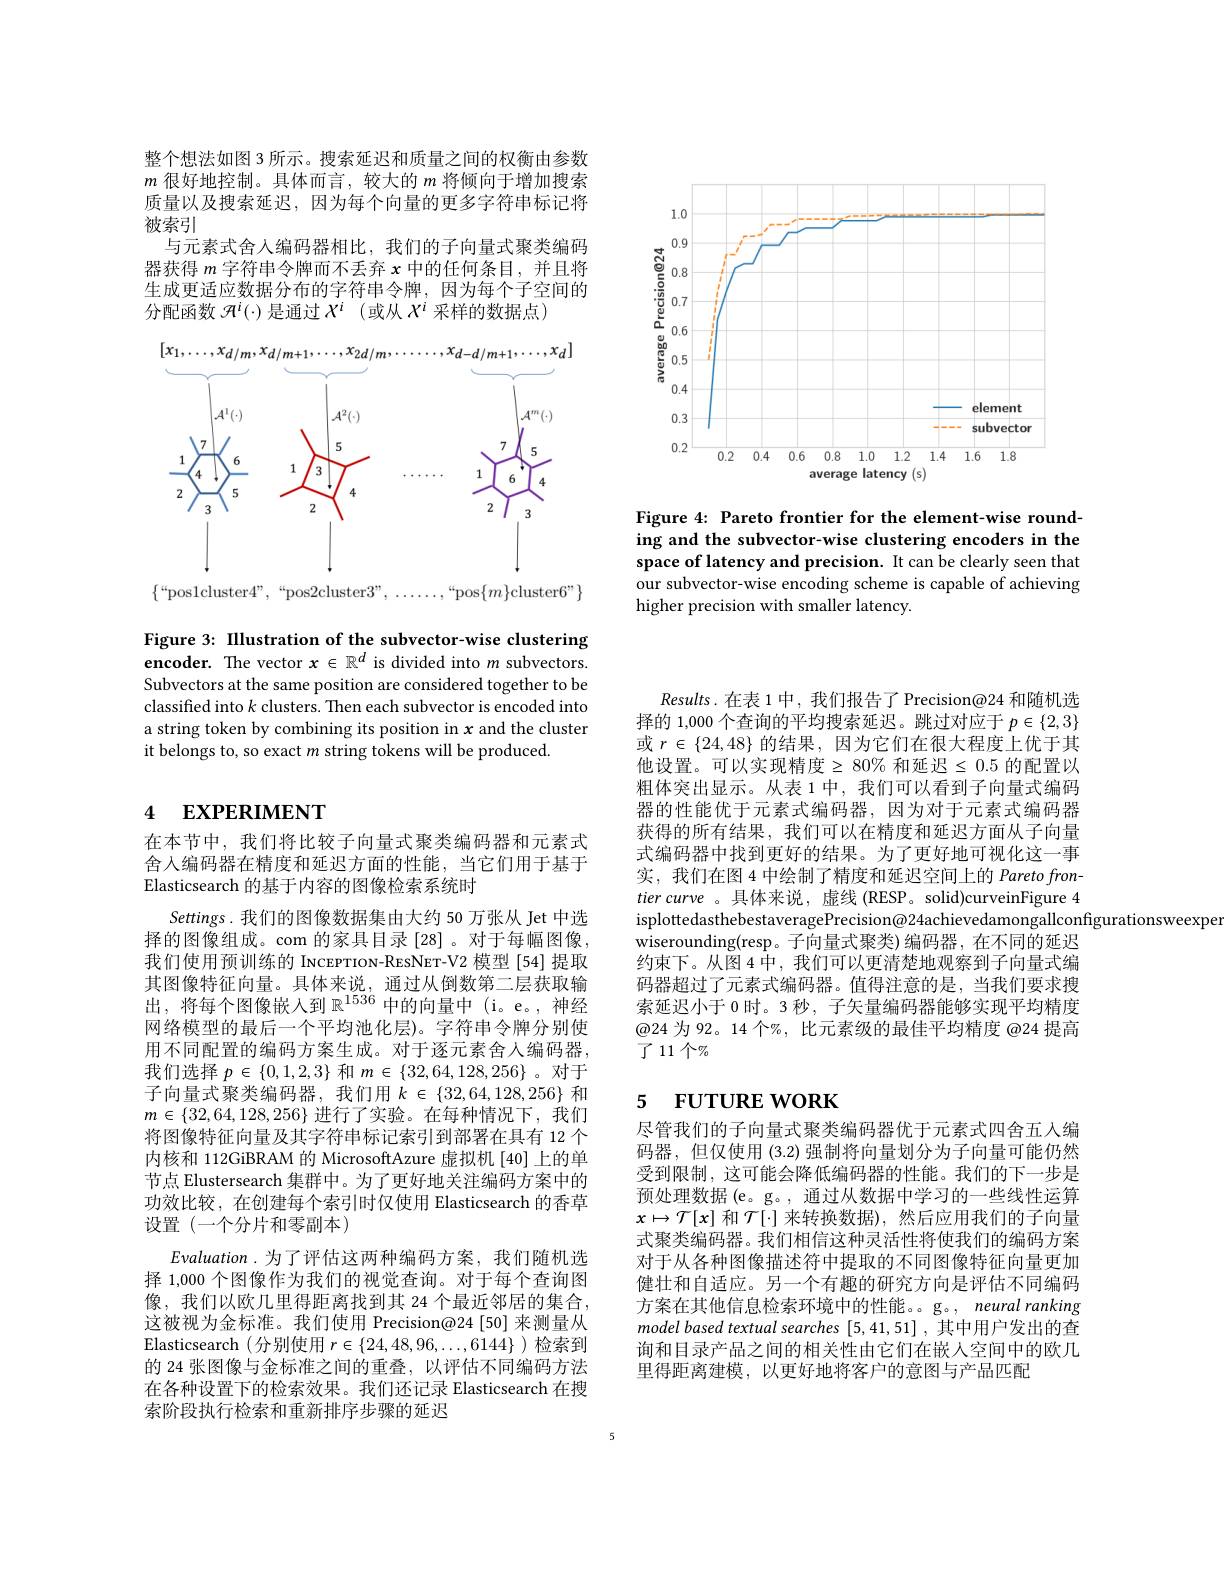
<FigureHere>

Figure 4: Pareto frontier for the element-wise rounding and the subvector-wise clustering encoders in the space of latency and precision. It can be clearly seen that our subvector-wise encoding scheme is capable of achieving higher precision with smaller latency.

整个想法如图 3 所示。搜索延迟和质量之间的权衡由参数$m$很好地控制。具体而言，较大的$m$将倾向于增加搜索质量以及搜索延迟，因为每个向量的更多字符串标记将被索引
与元素式舍人编码器相比，我们的子向量式聚类编码器获得$m$字符串令牌而不丢弃$x$中的任何条目，并且将生成更适应数据分布的字符串令牌，因为每个子空间的分配函数$\mathcal{H}^i(\cdot)$是通过$X^i$ (或从$X^i$采样的数据点)

<FigureHere>

Figure 3: IIlustration of the subvector-wise clustering encoder. The vector $x\in\mathbb{R}^d$ is divided into $m$ subvectors. Subvectors at the same position are considered together to be classified into $k$ clusters. Then each subvector is encoded into a string token by combining its position in $x$ and the cluster it belongs to, so exact $m$ string tokens will be produced.

# 4 EXPERIMENT

在本节中，我们将比较子向量式聚类编码器和元素式舍人编码器在精度和延迟方面的性能，当它们用于基于Elasticsearch 的基于内容的图像检索系统时

Settings.我们的图像数据集由大约 50 万张从 Jet 中选择的图像组成。com 的家具目录 [28]。对于每幅图像， 我们使用预训练的 INCEPTION-RESNET-V2 模型[54] 提取其图像特征向量。具体来说，通过从倒数第二层获取输出，将每个图像嵌人到$\mathbb{R}^1536$中的向量中(i。e。,神经网络模型的最后一个平均池化层)。字符串令牌分别使用不同配置的编码方案生成。对于逐元素舍人编码器， 我们选择$p\in\{0,1,2,3\}$和$m\in\{32,64,128,256\}$ 。对于子向量式聚类编码器，我们用$k\in\{32,64,128,256\}$ 和$m\in\{32,64,128,256\}$进行了实验。在每种情况下，我们将图像特征向量及其字符串标记索引到部署在具有 12 个内核和 112GiBRAM 的 MicrosoftAzure 虚拟机 [40]上的单节点 Elustersearch 集群中。为了更好地关注编码方案中的功效比较，在创建每个索引时仅使用 Elasticsearch 的香草设置(一个分片和零副本)
Evaluation.为了评估这两种编码方案，我们随机选择 1,000 个图像作为我们的视觉查询。对于每个查询图像，我们以欧几里得距离找到其 24 个最近邻居的集合， 这被视为金标准。我们使用 Precision@24[50] 来测量从Elasticsearch (分别使用 $r\in\{24,48,96,\ldots,6144\}$ )检索到的 24 张图像与金标准之间的重叠，以评估不同编码方法在各种设置下的检索效果。我们还记录 Elasticsearch 在搜索阶段执行检索和重新排序步骤的延迟

$Results.$在表 1 中，我们报告了 Precision@24 和随机选择的 1,000 个查询的平均搜索延迟。跳过对应于$p\in\{2,3\}$ 或$r\in\{24,48\}$的结果，因为它们在很大程度上优于其他设置。可以实现精度$\geq80\%$ 和延迟$\leq0.5$ 的配置以粗体突出显示。从表 1 中，我们可以看到子向量式编码器的性能优于元素式编码器，因为对于元素式编码器获得的所有结果，我们可以在精度和延迟方面从子向量式编码器中找到更好的结果。为了更好地可视化这一事实，我们在图 4 中绘制了精度和延迟空间上的 Pareto frontier curve 。具体来说，虚线 (RESP。solid)curveinFigure 4 isplottedasthebestaveragePrecision@24achievedamongallconfigurationsweexpe
wiserounding(resp。子向量式聚类)编码器，在不同的延迟约束下。从图$\dot{4}$中，我们可以更清楚地观察到子向量式编码器超过了元素式编码器。值得注意的是，当我们要求搜索延迟小于 0 时。3 秒，子矢量编码器能够实现平均精度@24 为 92。14 个%, 比元素级的最佳平均精度 @24 提高了11个$\eta_0$

## 5 $\textbf{FUTURE WORK}$

尽管我们的子向量式聚类编码器优于元素式四舍五人编码器，但仅使用 (3.2)强制将向量划分为子向量可能仍然受到限制，这可能会降低编码器的性能。我们的下一步是预处理数据 (e。g。, 通过从数据中学习的一些线性运算$x\mapsto\mathcal{T}[x]$ 和$\mathcal{T}[\cdot]$ 来转换数据),然后应用我们的子向量式聚类编码器。我们相信这种灵活性将使我们的编码方案对于从各种图像描述符中提取的不同图像特征向量更加健壮和自适应。另一个有趣的研究方向是评估不同编码方案在其他信息检索环境中的性能。。g。, neural ranking model based textual searches [5,41,51] , 其中用户发出的查询和目录产品之间的相关性由它们在嵌人空间中的欧几里得距离建模，以更好地将客户的意图与产品匹配

5